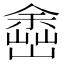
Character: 𡽚